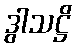
ဒွါသဋ္ဌိ